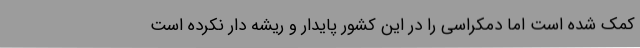
کمک شده است اما دمکراسی را در این کشور پایدار و ریشه دار نکرده است